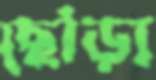
ছোঁড়া